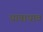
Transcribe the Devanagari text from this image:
धावाधाव